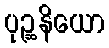
ပုဉ္ဆနိယော